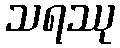
သရဿု